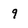
Character: 9